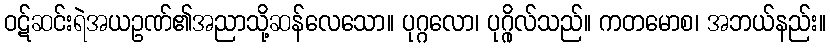
ဝဋ်ဆင်းရဲအယဥဏ်၏အညာသို့ဆန်လေသော။ ပုဂ္ဂလော၊ ပုဂ္ဂိုလ်သည်။ ကတမောစ၊ အဘယ်နည်း။